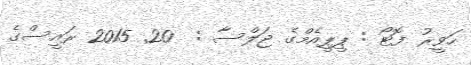
ހަވީރު ފޮޓޯ : ޕީޕީއެމްގެ ޖަލްސާ :  20